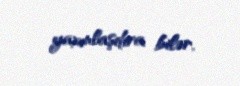
yaxınlaşdıra bilər.